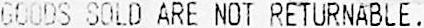
GOODS SOLD ARE NOT RETURNABLE.